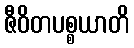
ဇီဝိတပစ္စယာတိ